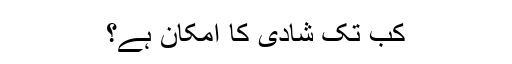
کب تک شادی کا امکان ہے؟